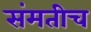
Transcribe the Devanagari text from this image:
संमतीच